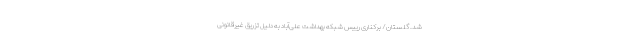
شد. گلستان/ برکناری رییس شبکه بهداشت علی‌آباد به دلیل تزریق غیرقانونی